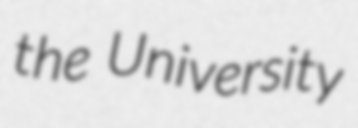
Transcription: the University